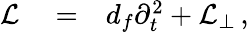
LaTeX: \begin{array}{rlr}{\mathcal{L}}&{{}=}&{d_{f}\partial_{t}^{2}+\mathcal{L}_{\perp}\, ,}\end{array}